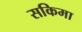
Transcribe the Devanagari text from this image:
सकिमा